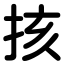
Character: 㧡